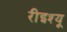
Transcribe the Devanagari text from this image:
रीइश्यू